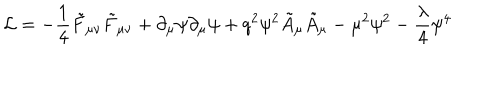
{ \cal L } = - \frac { 1 } { 4 } \tilde { F } _ { \mu \nu } \tilde { F } _ { \mu \nu } + \partial _ { \mu } \psi \partial _ { \mu } \psi + q ^ { 2 } \psi ^ { 2 } \tilde { A } _ { \mu } \tilde { A } _ { \mu } - \mu ^ { 2 } \psi ^ { 2 } - \frac { \lambda } { 4 } \psi ^ { 4 }